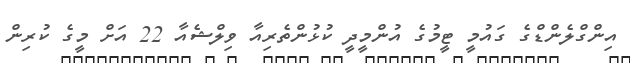
އިންގްލެންޑްގެ ގައުމީ ޓީމުގެ އުންމީދީ ކުޅުންތެރިއާ ވިލްޝެއާ 22 އަށް މީގެ ކުރިން